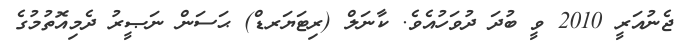
ޖެނުއަރީ 2010 ވީ ބުދަ ދުވަހުއެވެ. ކާނަލް (ރިޓަޔަރޑް) ޙަސަން ނަޞީރު ދެމިއޮތުމުގެ